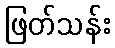
ဖြတ်သန်း